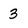
Character: 3